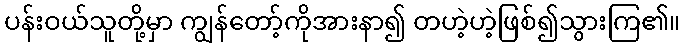
ပန်းဝယ်သူတို့မှာ ကျွန်တော့်ကိုအားနာ၍ တဟဲ့ဟဲ့ဖြစ်၍သွားကြ၏။